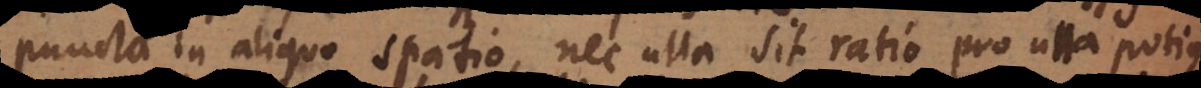
puncta in aliquo spatio, nec ulla sit ratio pro una potius